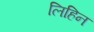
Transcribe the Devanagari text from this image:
लिहिन